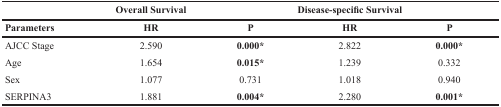
|  | <COLSPAN=2> Overall Survival | <COLSPAN=2> Disease-specific Survival |
 | Parameters | HR | P | HR | P |
 | --- | --- | --- | --- | --- |
 | AJCC Stage | 2.590 | 0.000* | 2.822 | 0.000* |
 | Age | 1.654 | 0.015* | 1.239 | 0.332 |
 | Sex | 1.077 | 0.731 | 1.018 | 0.940 |
 | SERPINA3 | 1.881 | 0.004* | 2.280 | 0.001* |